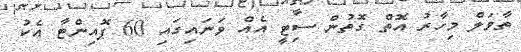
ތާވަލް މިހާރު އޮތް ގޮތުން ސިޓީ އެއް ވަނައިގައި 60 ޕޮއިންޓާ އެކު